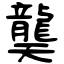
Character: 龑